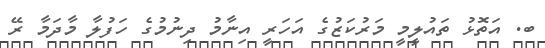
ބ. އަތޮޅު ތައުލީމީ މަރުކަޒުގެ އަހަރީ އިނާމު ދިނުމުގެ ހަފުލާ މާދަމާ ރޭ